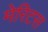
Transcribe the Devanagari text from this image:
मेरिटस